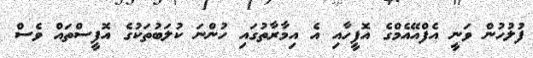
ފުލުހުން ވަނީ އެފްއޭއެމްގެ އޮފީހާއި އެ އިމާރާތުގައި ހުންނަ ކުލަބުތަކުގެ އޮފީސްތައް ވެސް